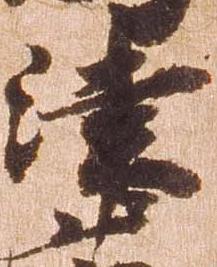
津